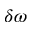
\delta \omega